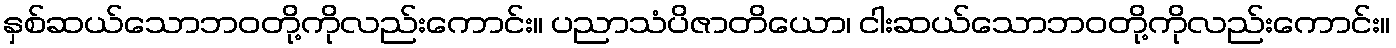
နှစ်ဆယ်သောဘဝတို့ကိုလည်းကောင်း။ ပညာသံပိဇာတိယော၊ ငါးဆယ်သောဘဝတို့ကိုလည်းကောင်း။